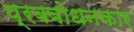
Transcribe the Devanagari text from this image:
प्रबबोधनकार